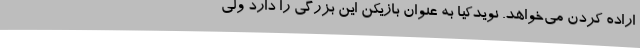
اراده کردن می‌خواهد. نویدکیا به عنوان بازیکن این بزرگی را دارد ولی